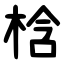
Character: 梒